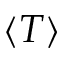
\langle T \rangle